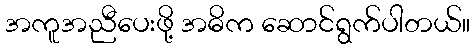
အကူအညီပေးဖို့ အဓိက ဆောင်ရွက်ပါတယ်။